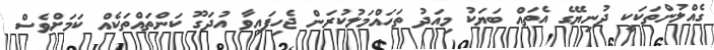
ގެއްލުންތަކަކީ ދުނިޔޭގެ އެތައް ބަޔަކު މިއަދު ތަހައްމަލުކުރަން ޖެހިފައިވާ އުދަގޫ ކަންތައްތަކެއް ކަމަށްވެސް